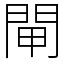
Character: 閘